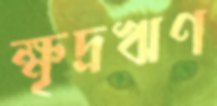
ক্ষৃদ্রঋণ